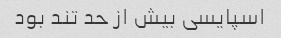
اسپایسی بیش از حد تند بود